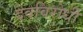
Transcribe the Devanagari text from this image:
देवविरोधी